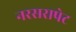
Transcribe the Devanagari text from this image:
नरसरापेट